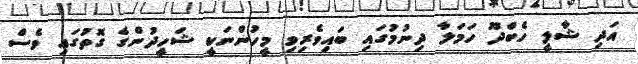
އަދި ޝާލީ ހެބްދޫ ހަމަލާ ދިނުމުގައި ބައިވެރިވި މީހުންނަކީ ޝަހީދުންގެ ގޮތުގައި ވެސް